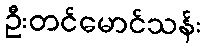
ဦးတင်မောင်သန်း